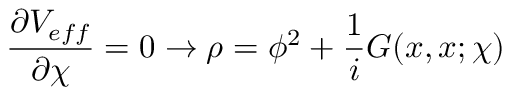
\frac { \partial V _ { e f f } } { \partial \chi } = 0 \rightarrow \rho = \phi ^ { 2 } + \frac { 1 } { i } { \cal G } ( x , x ; \chi )